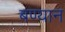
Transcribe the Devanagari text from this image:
बण्यान